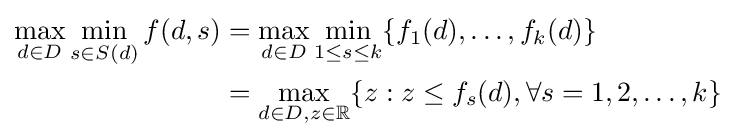
{\begin{aligned}\max _{d\in D}\min _{s\in S(d)}f(d,s)&=\max _{d\in D}\min _{1\leq s\leq k}\{f_{1}(d),\dots ,f_{k}(d)\}\\&=\max _{d\in D,z\in \mathbb {R} }\{z:z\leq f_{s}(d),\forall s=1,2,\dots ,k\}\end{aligned}}